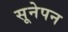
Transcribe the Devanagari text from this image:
सूनेपन